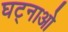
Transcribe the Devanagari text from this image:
घट्नाओ